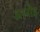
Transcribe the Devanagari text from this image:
आनौड़